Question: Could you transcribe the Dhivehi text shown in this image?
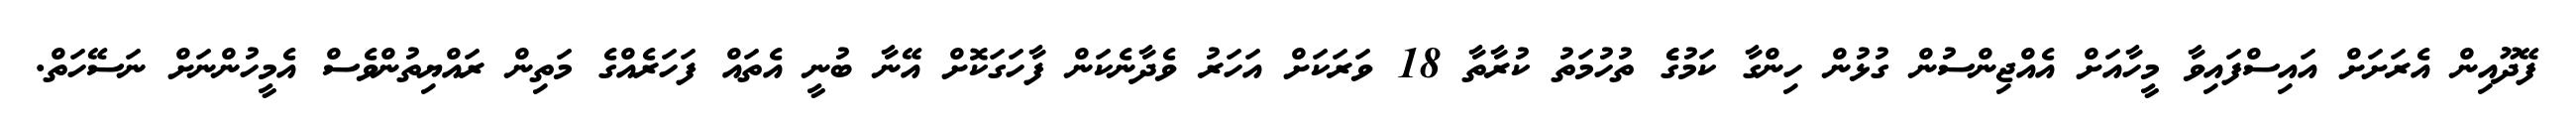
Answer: ފޭދޫއިން އެރަށަށް އައިސްފައިވާ މީހާއަށް އެއްޖިންސުން ގުޅުން ހިންގާ ކަމުގެެ ތުހުމަތު ކުރާތާ 18 ވަރަކަށް އަހަރު ވެދާނެކަން ފާހަގަކޮށް އޭނާ ބުނީ އެތައް ފަހަރެއްގެ މަތިން ރައްޔިތުންވެސް އެމީހުންނަށް ނަސޭހަތް.